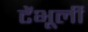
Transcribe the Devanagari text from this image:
टेंभूर्ली